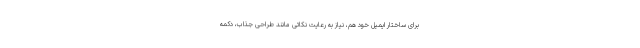
برای ساختار ایمیل خود هم، نیاز به رعایت نکاتی مانند طراحی جذاب، دکمه